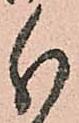
分